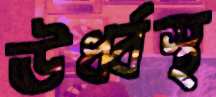
ঊর্ধ্বস্থ